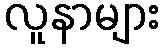
လူနာများ